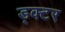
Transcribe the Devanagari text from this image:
ड्क्टर